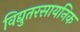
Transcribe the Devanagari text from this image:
विद्युतरसायनिक